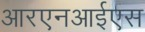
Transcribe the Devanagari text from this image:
आरएनआईएस